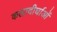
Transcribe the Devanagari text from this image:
कलादीर्घाओं